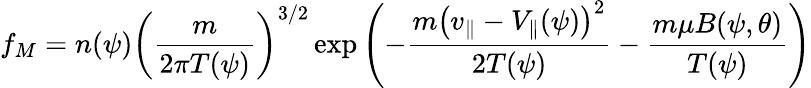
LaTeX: f_{M}=n(\psi)\left(\frac{m}{2\pi T(\psi)}\right)^{3/2}\exp\left(-\frac{m\left(v_{\parallel}-V_{\parallel}(\psi)\right)^{2}}{2T(\psi)}-\frac{m\mu B(\psi,\theta)}{T(\psi)}\right)